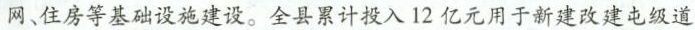
网、住房等基础设施建设。全县累计投入12亿元用于新建改建屯级道